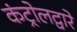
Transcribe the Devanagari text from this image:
कंट्रोलद्वारे